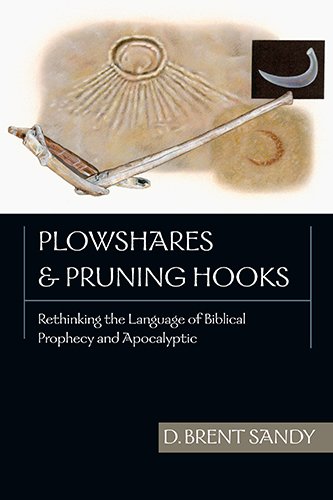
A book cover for Plowshares  Pruning Hooks: Rethinking the Language of Biblical Prophecy and Apocalyptic; Brent Sandy; Christian Books & Bibles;